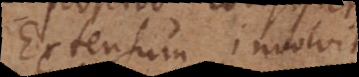
Extensum involvit